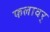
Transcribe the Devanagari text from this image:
फलावर्